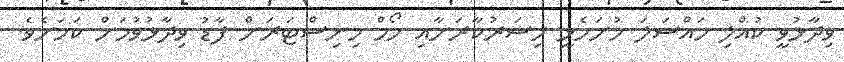
ވިދާޅުވީ ކުއްލި މައްސަލަ ހުށަހެޅީ މިސަރުކާރަށާއި ހޯމް މިނިސްޓަރަށް ފާޑު ވިދާޅުވުމަށް ކަމަށެވެ.